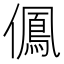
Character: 𠏵